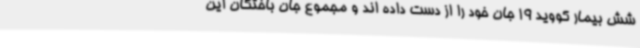
شش بیمار کووید 19 جان خود را از دست داده اند و مجموع جان باختگان این